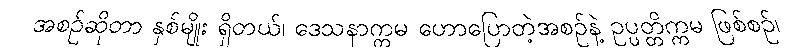
အစဉ်ဆိုတာ နှစ်မျိုး ရှိတယ်၊ ဒေသနာက္ကမ ဟောပြောတဲ့အစဉ်နဲ့ ဥပ္ပတ္တိက္ကမ ဖြစ်စဉ်၊